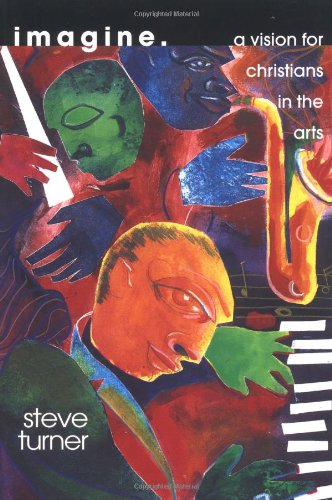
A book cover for Imagine: A Vision for Christians in the Arts; Steve Turner; Arts & Photography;